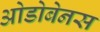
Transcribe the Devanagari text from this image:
ओडोबेनस